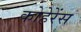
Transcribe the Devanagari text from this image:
कोहेरेंस